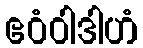
ဧဝံဝါဒါဟံ